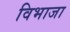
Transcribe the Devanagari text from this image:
विभाजा